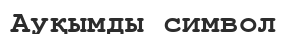
Ауқымды символ